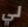
لي